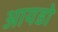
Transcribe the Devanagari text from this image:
आयडो